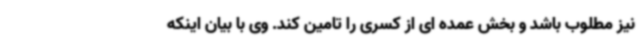
نیز مطلوب باشد و بخش عمده ای از کسری را تامین کند. وی با بیان اینکه